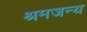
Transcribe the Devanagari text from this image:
श्रमजन्य